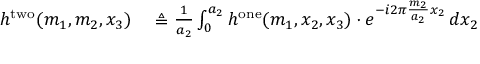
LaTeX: \begin{array} { r l } { h ^ { \mathrm { t w o } } ( m _ { 1 } , m _ { 2 } , x _ { 3 } ) } & { { } \triangleq { \frac { 1 } { a _ { 2 } } } \int _ { 0 } ^ { a _ { 2 } } h ^ { \mathrm { o n e } } ( m _ { 1 } , x _ { 2 } , x _ { 3 } ) \cdot e ^ { - i 2 \pi { \frac { m _ { 2 } } { a _ { 2 } } } x _ { 2 } } \, d x _ { 2 } } \end{array}